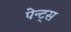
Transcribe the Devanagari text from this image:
पेन्ट्‌स